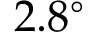
2 . 8 ^ { \circ }